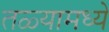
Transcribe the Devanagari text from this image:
तळ्यामध्ये